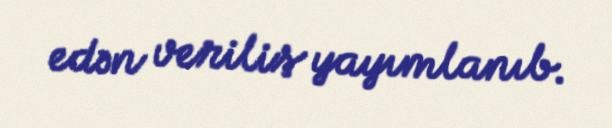
edən veriliş yayımlanıb.